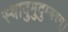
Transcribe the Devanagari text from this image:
स्वादुमुदुम्बरम्।